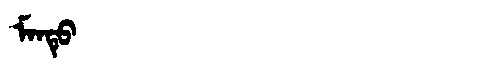
Manchu: ᠮᠠᠨᡨᡠ
Romanization: MANTU